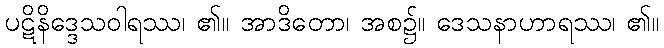
ပဋိနိဒ္ဒေသဝါရဿ၊ ၏။ အာဒိတော၊ အစ၌။ ဒေသနာဟာရဿ၊ ၏။